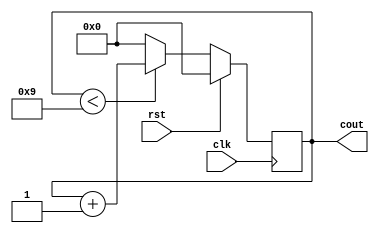
`timescale 1ns / 1ps


module d_counter(
input clk,
    input rst,
    output reg [3:0] cout
    );
    
    always @(posedge clk)
    if (rst == 1 ) cout = 4'b0000;
    else if (cout < 4'b1001) cout = cout+1;
    else cout = 4'b0000;
endmodule